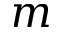
m